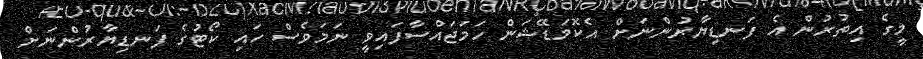
މީގެ އިތުރުން އެ ފަނޑިޔާރުންނަށް އެކޮމަޑޭޝަން ހަމަޖައްސާފައިވީ ނަމަވެސް ހައި ކޯޓުގެ ފަނޑިޔާރުންނަށް